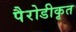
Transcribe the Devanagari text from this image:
पैरोडीकृत